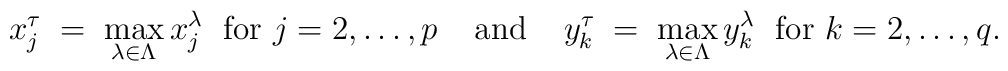
x_j^\tau \;=\; \max_{\lambda \in \Lambda} x_j^\lambda \;{\mbox{ for }}j=2,\ldots, p \;\;\;\; {\mbox{and}} \;\;\;\;y_k^\tau \;=\; \max_{\lambda \in \Lambda} y^\lambda_k \;{\mbox{ for }}k=2,\ldots, q.